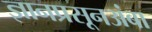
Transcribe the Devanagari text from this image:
ज्ञानप्रसूनअंबा